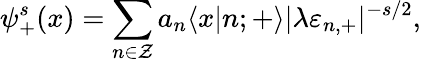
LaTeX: \psi_{+}^{s}(x)=\sum_{n\in\cal Z}a_{n}\langle x|n;{+}\rangle|\lambda\varepsilon_{n,+}|^{-s/2},